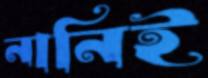
নানিই